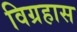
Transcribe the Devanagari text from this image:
विग्रहास